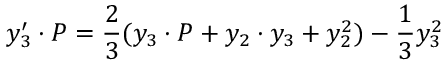
y _ { 3 } ^ { \prime } \cdot P = { \frac { 2 } { 3 } } ( y _ { 3 } \cdot P + y _ { 2 } \cdot y _ { 3 } + y _ { 2 } ^ { 2 } ) - { \frac { 1 } { 3 } } y _ { 3 } ^ { 2 }